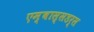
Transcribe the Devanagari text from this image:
एम्बास्सडर्स